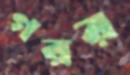
গরর